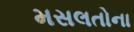
મસલતોના